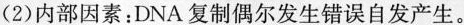
(2)内部因素：DNA复制偶尔发生错误自发产生。